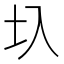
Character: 圦